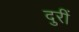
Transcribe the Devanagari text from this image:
दुरीं